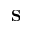
\mathbf { S }